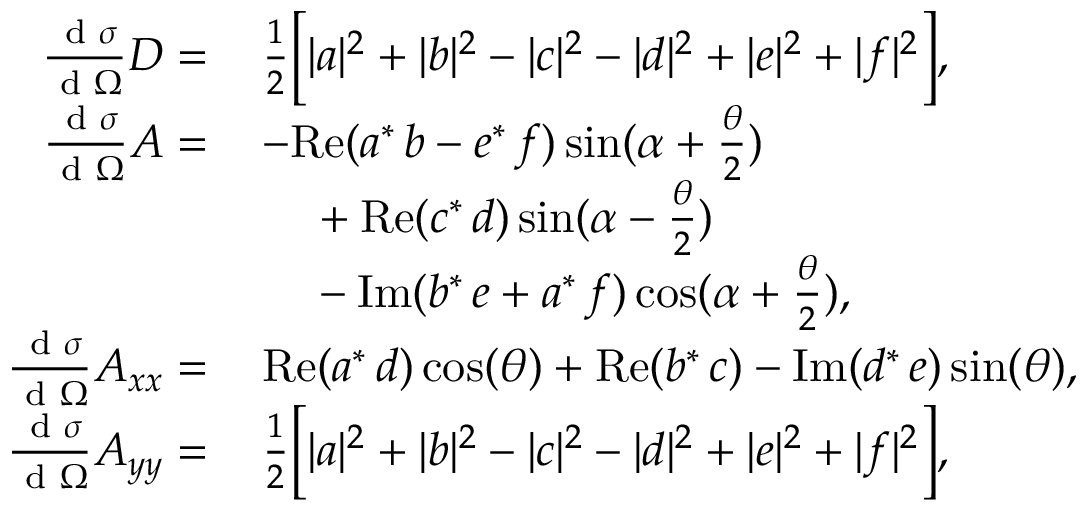
\begin{array} { r l } { \frac { \textup { d } \sigma } { \textup { d } \Omega } D = \, } & { \frac { 1 } { 2 } \Big [ | a | ^ { 2 } + | b | ^ { 2 } - | c | ^ { 2 } - | d | ^ { 2 } + | e | ^ { 2 } + | f | ^ { 2 } \Big ] , } \\ { \frac { \textup { d } \sigma } { \textup { d } \Omega } A = \, } & { - \mathrm { R e } ( a ^ { * } \, b - e ^ { * } \, f ) \sin ( \alpha + \frac { \theta } { 2 } ) } \\ & { \quad \null + \mathrm { R e } ( c ^ { * } \, d ) \sin ( \alpha - \frac { \theta } { 2 } ) } \\ & { \quad \null - \mathrm { I m } ( b ^ { * } \, e + a ^ { * } \, f ) \cos ( \alpha + \frac { \theta } { 2 } ) , } \\ { \frac { \textup { d } \sigma } { \textup { d } \Omega } A _ { x x } = \, } & { \mathrm { R e } ( a ^ { * } \, d ) \cos ( \theta ) + \mathrm { R e } ( b ^ { * } \, c ) - \mathrm { I m } ( d ^ { * } \, e ) \sin ( \theta ) , } \\ { \frac { \textup { d } \sigma } { \textup { d } \Omega } A _ { y y } = \, } & { \frac { 1 } { 2 } \Big [ | a | ^ { 2 } + | b | ^ { 2 } - | c | ^ { 2 } - | d | ^ { 2 } + | e | ^ { 2 } + | f | ^ { 2 } \Big ] , } \end{array}